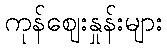
ကုန်ဈေးနှုန်းများ